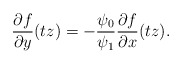
\begin{align*} \frac{\partial f}{\partial y } (tz) =- \frac{ \psi_0}{\psi_1} \frac{\partial f}{\partial x } (tz). \end{align*}